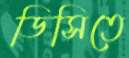
ডিসিতে